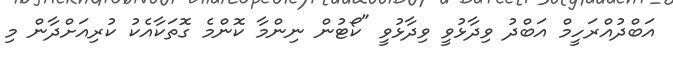
އަބްދުއްރަހީމް އަބްދު ވިދާޅުވީ ވިދާޅުވީ "ކޯޓުން ނިންމާ ކޮންމެ ގޮތަކާއެކު ކުރިއަށްދާން މި